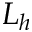
L _ { h }